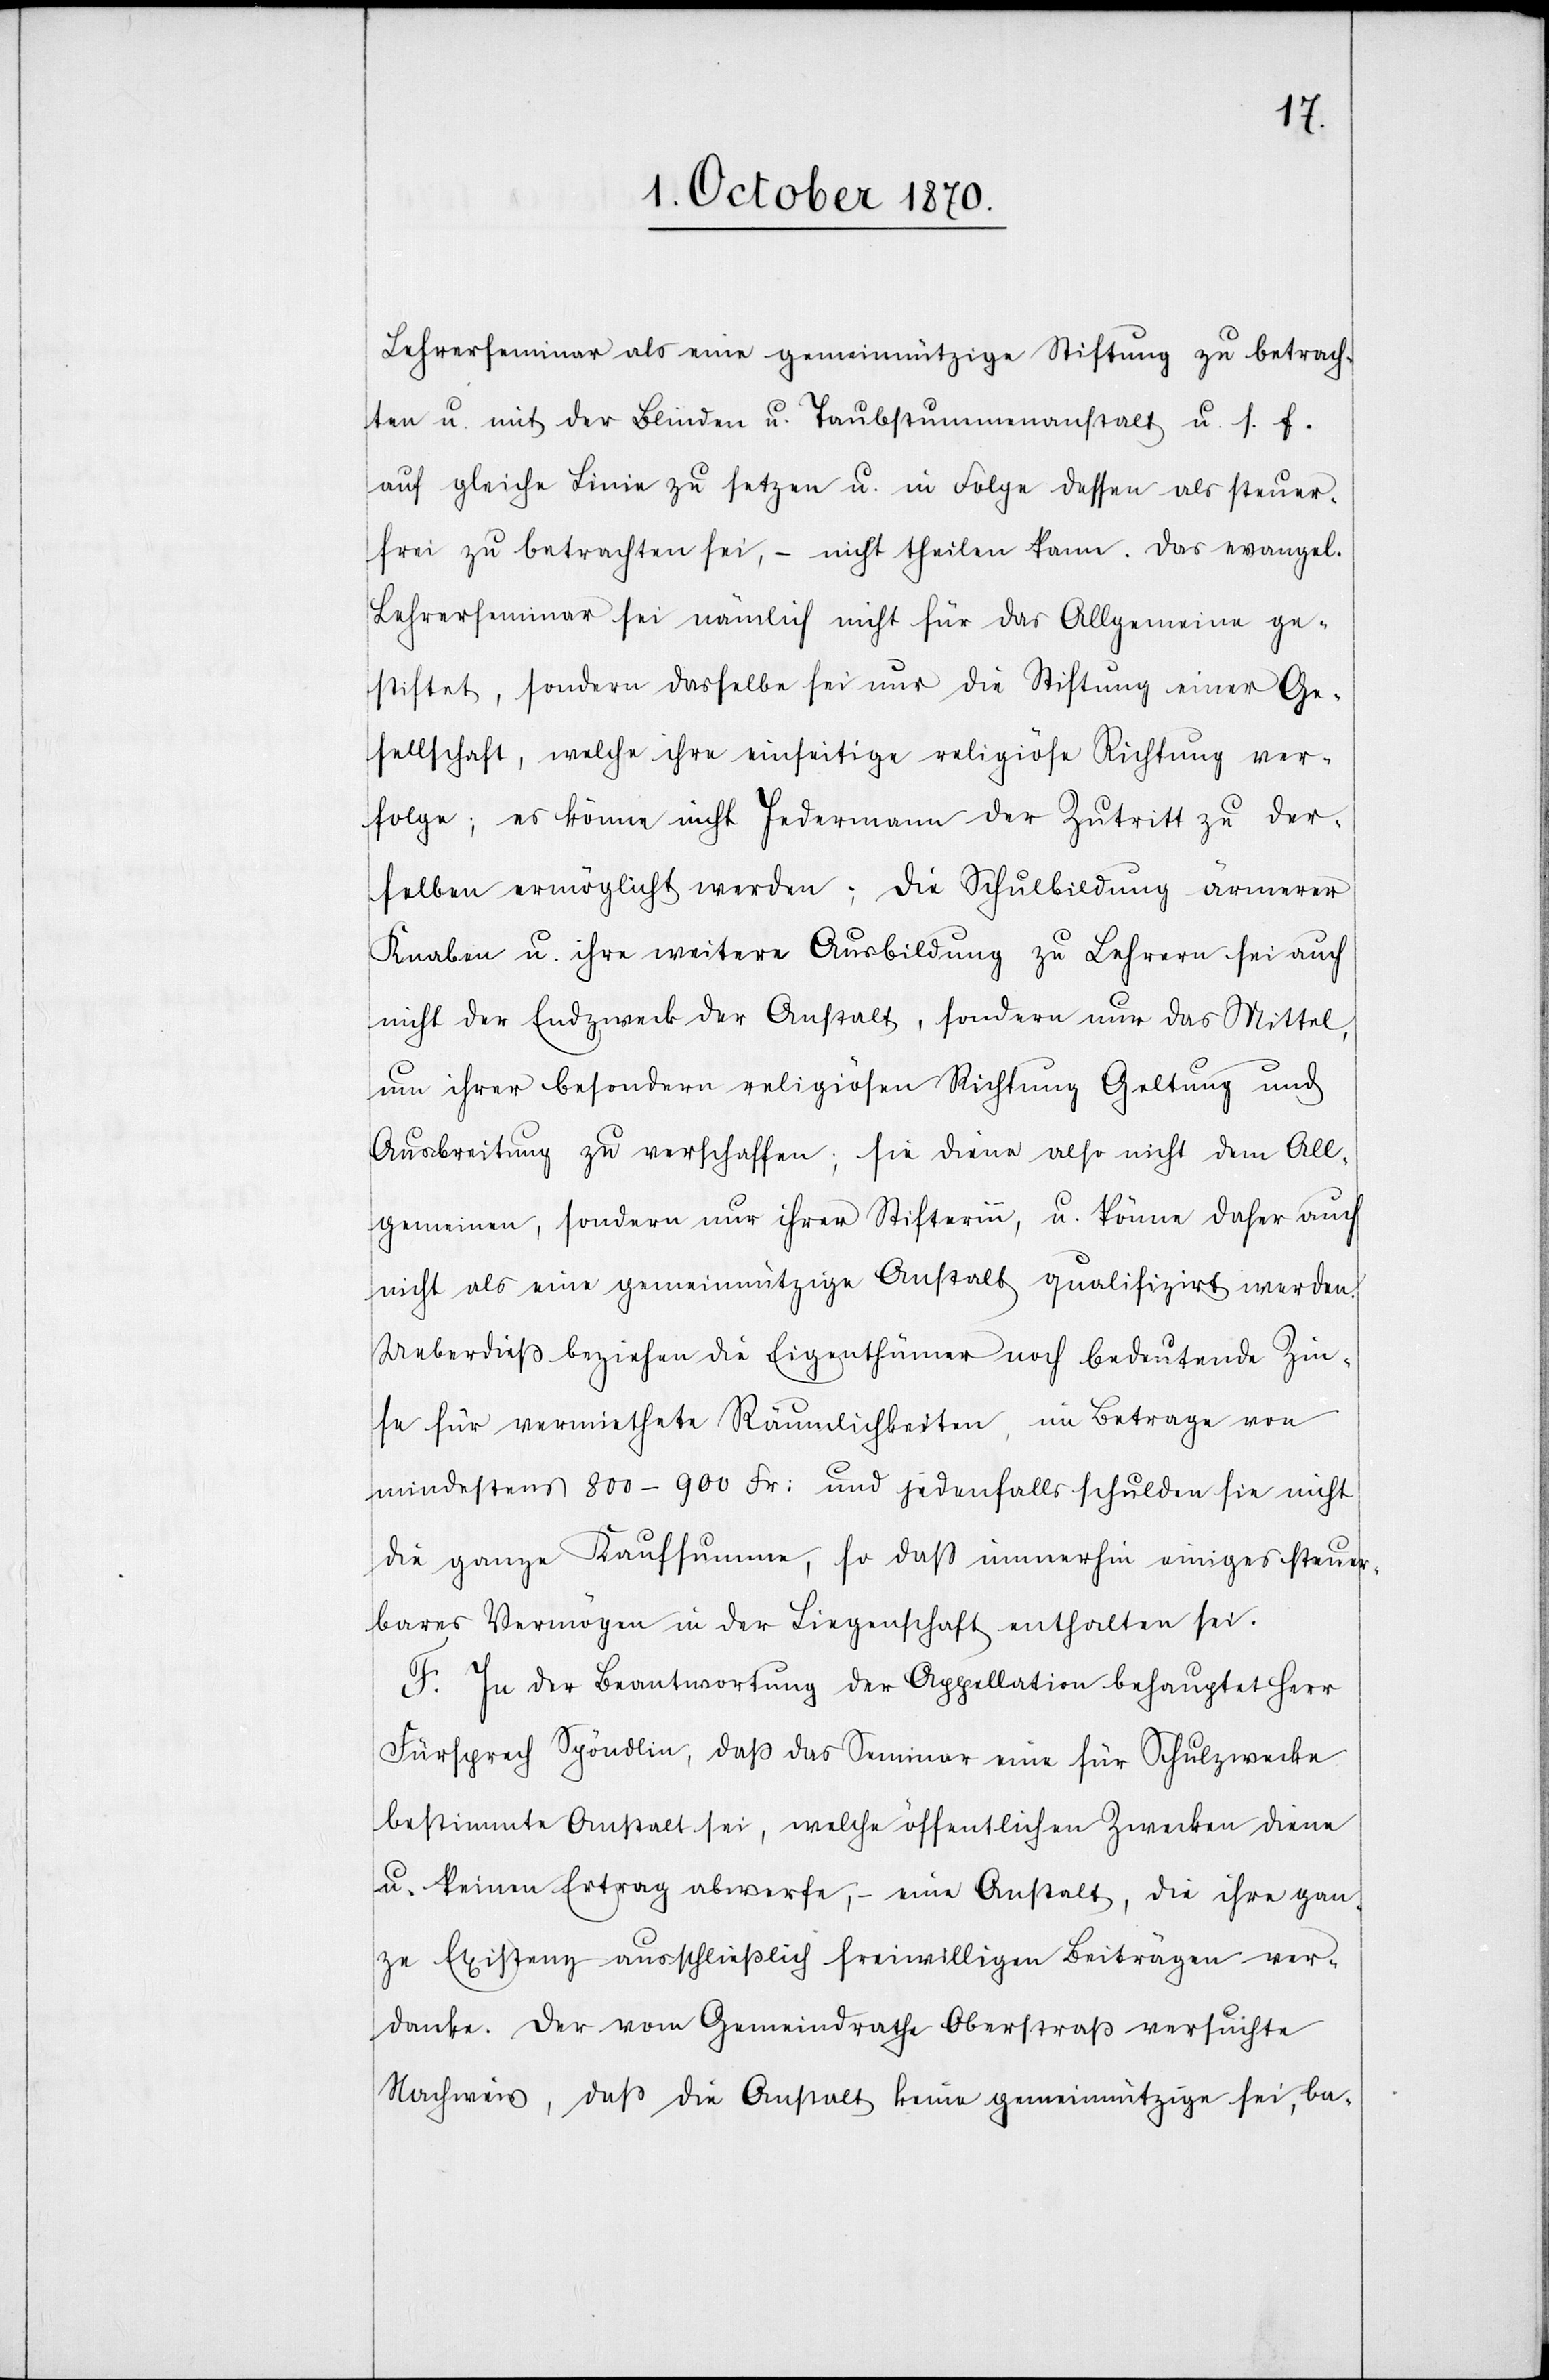
Lehrerseminar als eine gemeinnützige Stiftung zu betrach¬
ten u. mit der Blinden u. Taubstummenanstalt u. s. f.
auf gleiche Linie zu setzen u. in Folge dessen als steuer¬
frei zu betrachten sei, – nicht theilen kann. Das evangel.
Lehrerseminar sei nämlich nicht für das Allgemeine ge¬
stiftet, sondern dasselbe sei nur die Stiftung einer Ge¬
sellschaft, welche ihre einseitige religiöse Richtung ver¬
folge; es könne nicht Jedermann der Zutritt zu der¬
selben ermöglicht werden; die Schulbildung ärmerer
Knaben u. ihre weitere Ausbildung zu Lehrern sei auch
nicht der Endzweck der Anstalt, sondern nur das Mittel,
um ihrer besondern religiösen Richtung Geltung und
Ausbreitung zu verschaffen; sie diene also nicht dem All¬
gemeinen, sondern nur ihrer Stifterin, u. könne daher auch
nicht als eine gemeinnützige Anstalt qualifizirt werden.
Ueberdieß beziehen die Eigenthümer noch bedeutende Zin¬
se für vermiethete Räumlichkeiten, im Betrage von
mindestens 800–900 Fr: und jedenfalls schulden sie nicht
die ganze Kaufsumme, so daß immerhin einiges steuer¬
bares Vermögen in der Liegenschaft enthalten sei.
F. In der Beantwortung der Appellation behauptet Herr
Fürsprech Spöndlin, daß das Seminar eine für Schulzwecke
bestimmte Anstalt sei, welche öffentlichen Zwecken diene
u. keinen Ertrag abwerfe, – eine Anstalt, die ihre gan¬
ze Existenz ausschließlich freiwilligen Beiträgen ver¬
danke. Der vom Gemeindrathe Oberstraß ersuchte
Nachweis, daß die Anstalt keine gemeinnützige sei, ba-